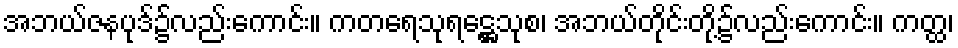
အဘယ်ဇနပုဒ်၌လည်းကောင်း။ ကတရေသုရဋ္ဌေသုစ၊ အဘယ်တိုင်းတို့၌လည်းကောင်း။ ကတ္ထ၊